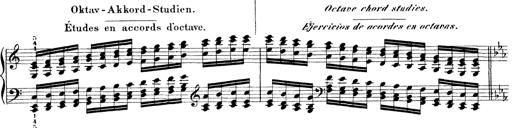
Title: Technische Studien
Composer: Franz Liszt